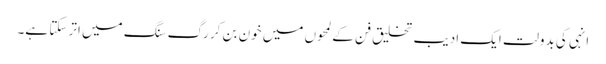
انہی کی بدولت ایک ادیب تخلیق فن کے لمحوں میں خون بن کر رگ سنگ میں اتر سکتا ہے۔